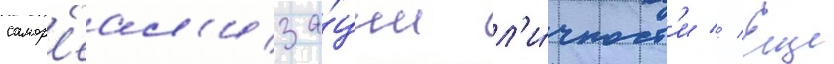
самор'еал'иза́ции л'и́чност'и // Еще